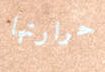
حرارتها